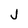
Character: J